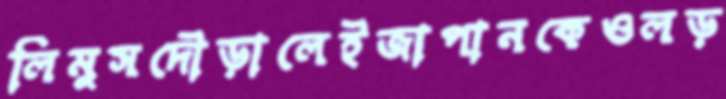
লিমুসদৌড়ালেইজাপানকেওলড়